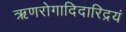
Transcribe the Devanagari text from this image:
ऋणरोगादिदारिद्रयं